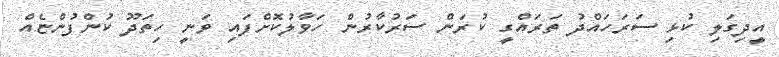
އީދިގަލި ކުޅި ސަރަހައްދު ތަރައްގީ ކުރަން ސަރުކާރުން ހަވާލުކޮށްފައި ވަނީ ހިތަދޫ ކުންފުންޏެއް